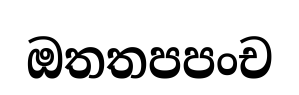
ඔතතපපංච